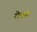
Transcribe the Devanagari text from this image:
रोधनों